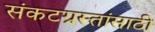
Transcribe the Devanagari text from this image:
संकटग्रस्तांसाठी